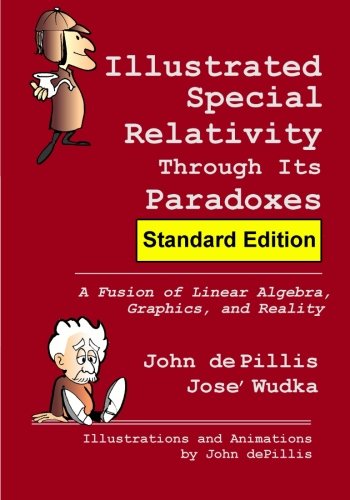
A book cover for Illustrated Special Relativity Through Its Paradoxes: Standard Edition: A Fusion of Linear Algebra, Graphics, and Reality (Spectrum); John de Pillis; Science & Math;